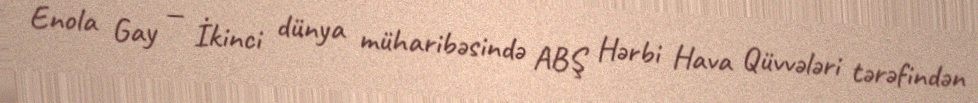
Enola Gay — İkinci dünya müharibəsində ABŞ Hərbi Hava Qüvvələri tərəfindən